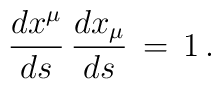
\frac{dx^\mu}{ds}\,\frac{d x_\mu}{ds}\,=\,1\,{.}